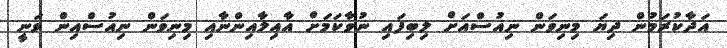
އަދާކުރަމުން ދިޔަ މިނިވަން ނިއުސްއަށް ލިބިފައި ނުވާކަމަށް އާއިލާއިންނާއި މިނިވަން ނިއުސްއިން ވަނީ